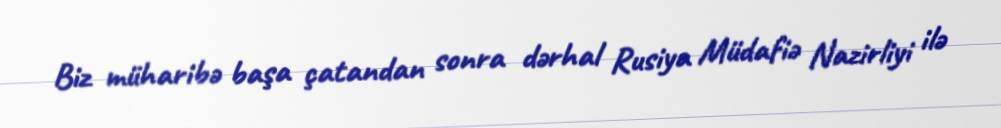
Biz müharibə başa çatandan sonra dərhal Rusiya Müdafiə Nazirliyi ilə